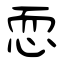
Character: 恧